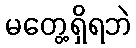
မတွေ့ရှိရဘဲ